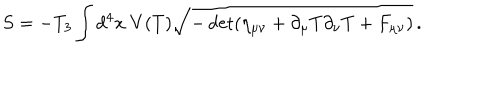
LaTeX: S = - T _ { 3 } \int d ^ { 4 } x \; V ( T ) \sqrt { - \det ( \eta _ { \mu \nu } + \partial _ { \mu } T \partial _ { \nu } T + F _ { \mu \nu } ) } \, .